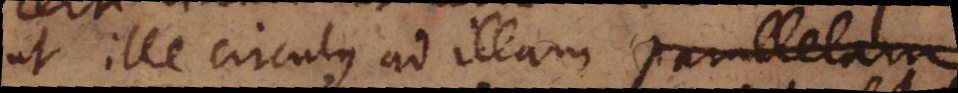
ut ille circulus ad illam parallelam